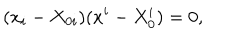
( x _ { i } - X _ { 0 i } ) ( x ^ { i } - X _ { 0 } ^ { i } ) = 0 ,